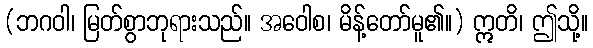
(ဘဂဝါ၊ မြတ်စွာဘုရားသည်။ အဝေါစ၊ မိန့်တော်မူ၏။) ဣတိ၊ ဤသို့။